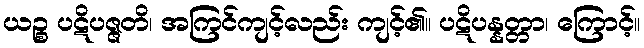
ယဉ္စ ပဋိပဇ္ဇတိ၊ အကြင်ကျင့်လည်း ကျင့်၏။ ပဋိပန္နတ္တာ၊ ကြောင့်။